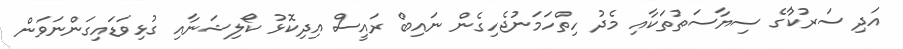
އަދި ސަރުކާުގެ ސިޔާސަތުތަކާއި މެދު ހިތްހަމަނުޖެހިގެން ނައިބް ރައީސް އިދިކޮޅު ކޯލިޝަނާއި ގުޅިވަޑައިގަންނަވަން